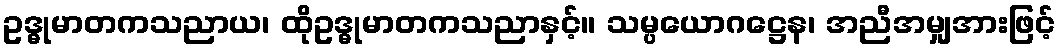
ဥဒ္ဓုမာတကသညာယ၊ ထိုဥဒ္ဓုမာတကသညာနှင့်။ သမ္ပယောဂဋ္ဌေန၊ အညီအမျှအားဖြင့်